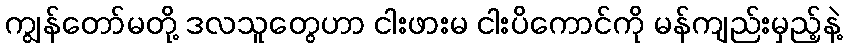
ကျွန်တော်မတို့ ဒလသူတွေဟာ ငါးဖားမ ငါးပိကောင်ကို မန်ကျည်းမှည့်နဲ့